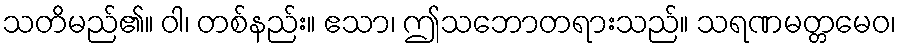
သတိမည်၏။ ဝါ၊ တစ်နည်း။ ဧသာ၊ ဤသဘောတရားသည်။ သရဏမတ္တမေဝ၊